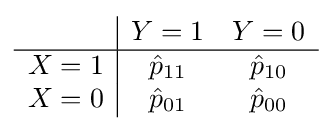
{\begin{array}{c|cc}&Y=1&Y=0\\\hline X=1&{\hat {p}}_{11}&{\hat {p}}_{10}\\X=0&{\hat {p}}_{01}&{\hat {p}}_{00}\end{array}}